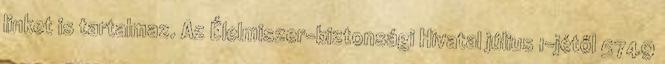
linket is tartalmaz. Az Élelmiszer-biztonsági Hivatal július 1-jétől 5749